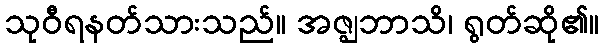
သုဝီရနတ်သားသည်။ အဇ္ဈဘာသိ၊ ရွတ်ဆို၏။